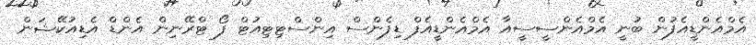
އެމްއެންޑީއެފުން ބުނީ އެމްއެންސީސީއާ އެމްއެންޑީއެފް ޑިފެންސް އިންސްޓިޓިއުޓް ފޯ ޓްރޭނިން އެންޑް އެޑިއުކޭޝަން